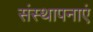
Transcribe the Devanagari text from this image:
संस्थापनाएं